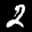
Label: 2